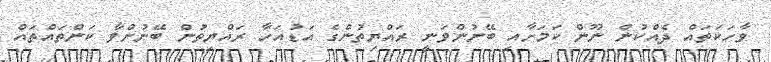
ވާހަކަތައް ދެއްކުން ނޫން ކަމަށާއި ބޭނުންވަނީ ރައްޔިތުންގެ އަޑުއަހާ ރައްޔިތުން ބޭނުންވާ ކަންތައްތައް